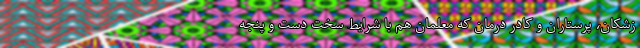
زشکان، پرستاران و کادر درمان که معلمان هم با شرایط سخت دست و پنجه